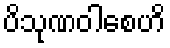
ပိသုဏဝါစေဟိ